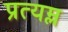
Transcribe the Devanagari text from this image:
प्रत्यम्ल